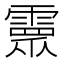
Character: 𩅉